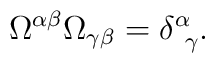
\Omega^{\alpha \beta} \Omega_{\gamma \beta} =    \delta^{\alpha}_{~\gamma}.